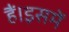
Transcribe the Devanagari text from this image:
हैं।इसमें